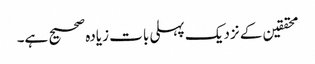
محققین کے نزدیک پہلی بات زیادہ صحیح ہے۔